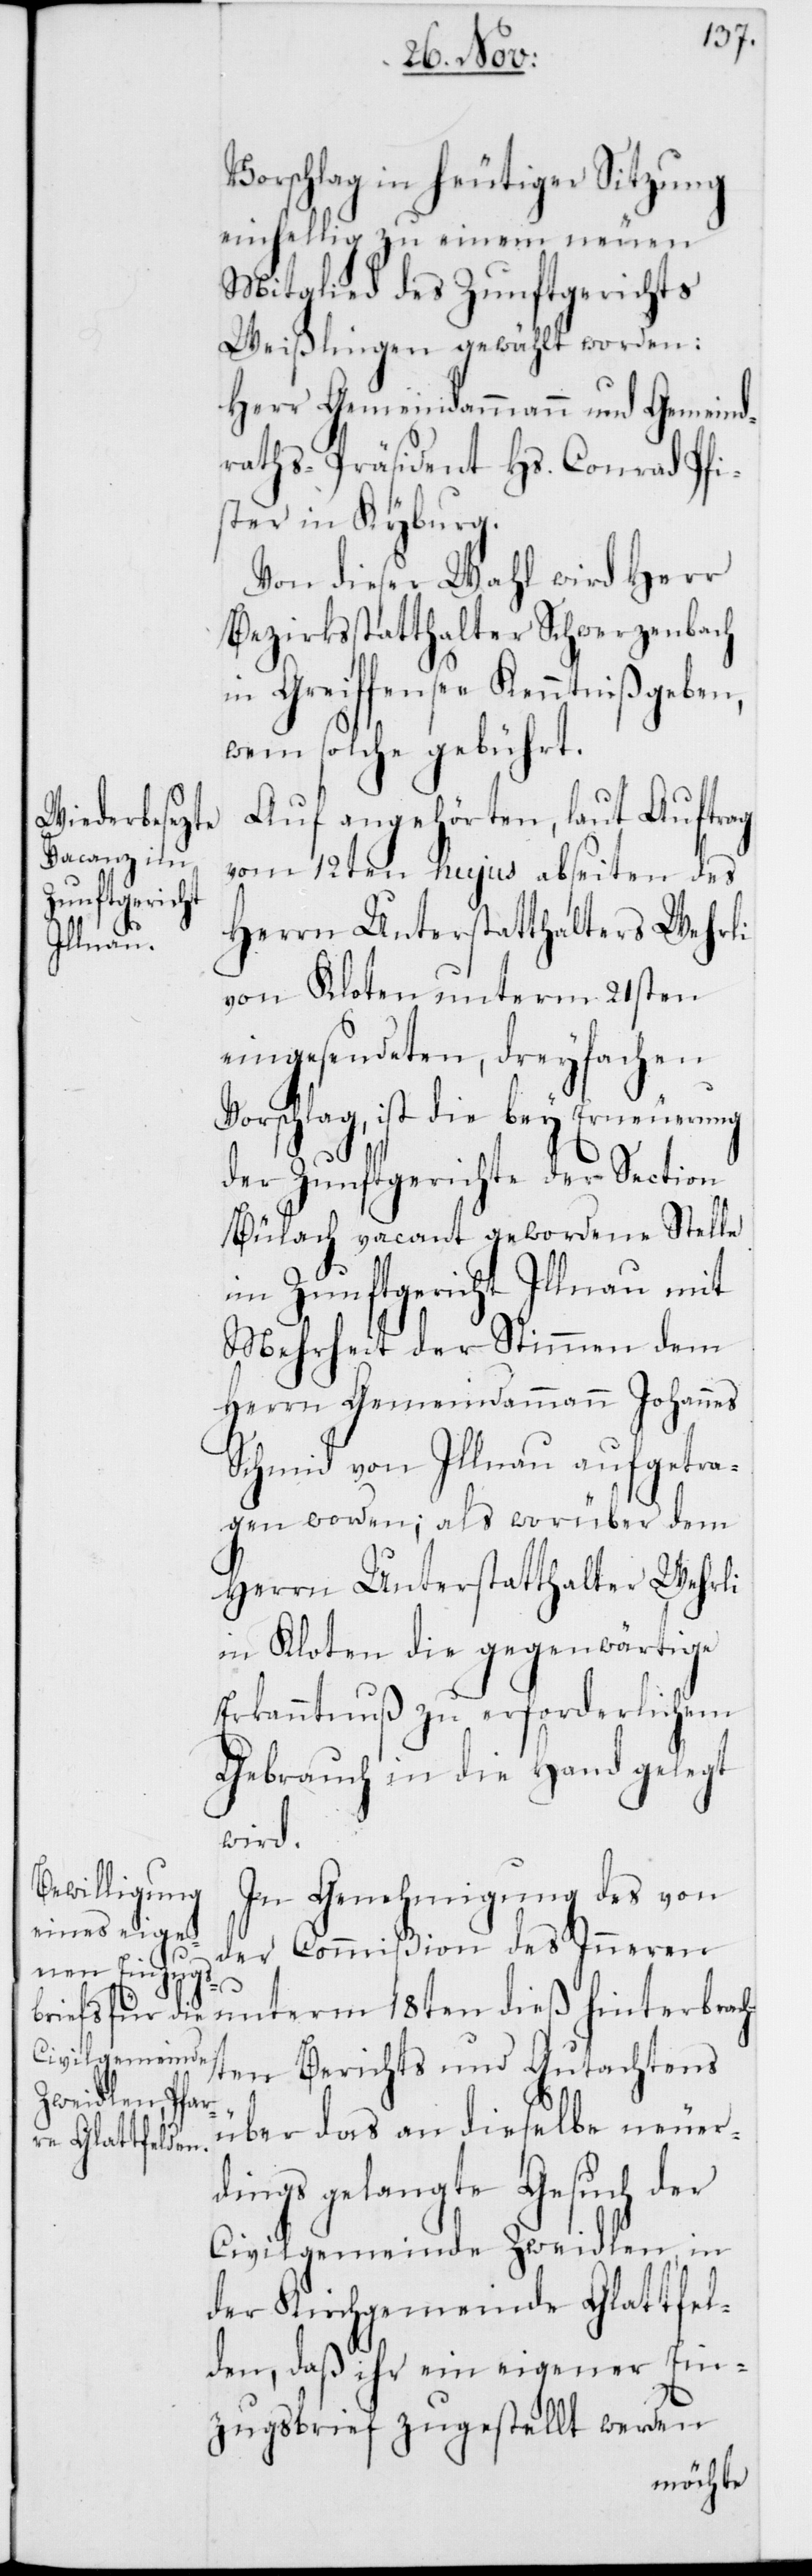
Vorschlag in heutiger Sitzung
einhellig zu einem neuen
Mitglied des Zunftgerichts
Weißlingen gewählt worden:
Herr Gemeindammann und Gemeind¬
raths-Präsident Hs. Conrad Pfi¬
ster in Kyburg.
Von dieser Wahl wird Herr
Bezirksstatthalter Schwerzenbach
in Greifensee Kenntniß geben,
wem solche gebührt.
Auf angehörten, laut Auftrag
vom 12ten hujus abseiten des
Herrn Unterstatthalters Wehrli
von Kloten unterm 21sten
eingesendeten, dreyfachen
Vorschlag, ist die bey Erneuerung
der Zunftgerichte der Section
Bülach vacant gewordene Stelle
im Zunftgericht Illnau mit
Mehrheit der Stimmen dem
Herrn Gemeindammann Johannes
Schmid von Illnau aufgetra¬
gen worden; als worüber dem
Herrn Unterstatthalter Wehrli
in Kloten die gegenwärtige
Erkanntnuß zu erforderlichem
Gebrauch in die Hand gelegt
wird.
In Genehmigung des von
der Commißion des Inneren
unterm 18ten dieß hinterbrach¬
ten Berichts und Gutachtens
über das an dieselbe neuer¬
dings gelangte Gesuch der
Civilgemeinde Zweidlen, in
der Kirchgemeinde Glattfel¬
den, daß ihr ein eigener Ein¬
zugsbrief zugestellt werden